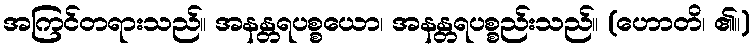
အကြင်တရားသည်။ အနန္တရပစ္စယော၊ အနန္တရပစ္စည်းသည်။ (ဟောတိ၊ ၏။)